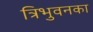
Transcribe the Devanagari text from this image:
त्रिभुवनका